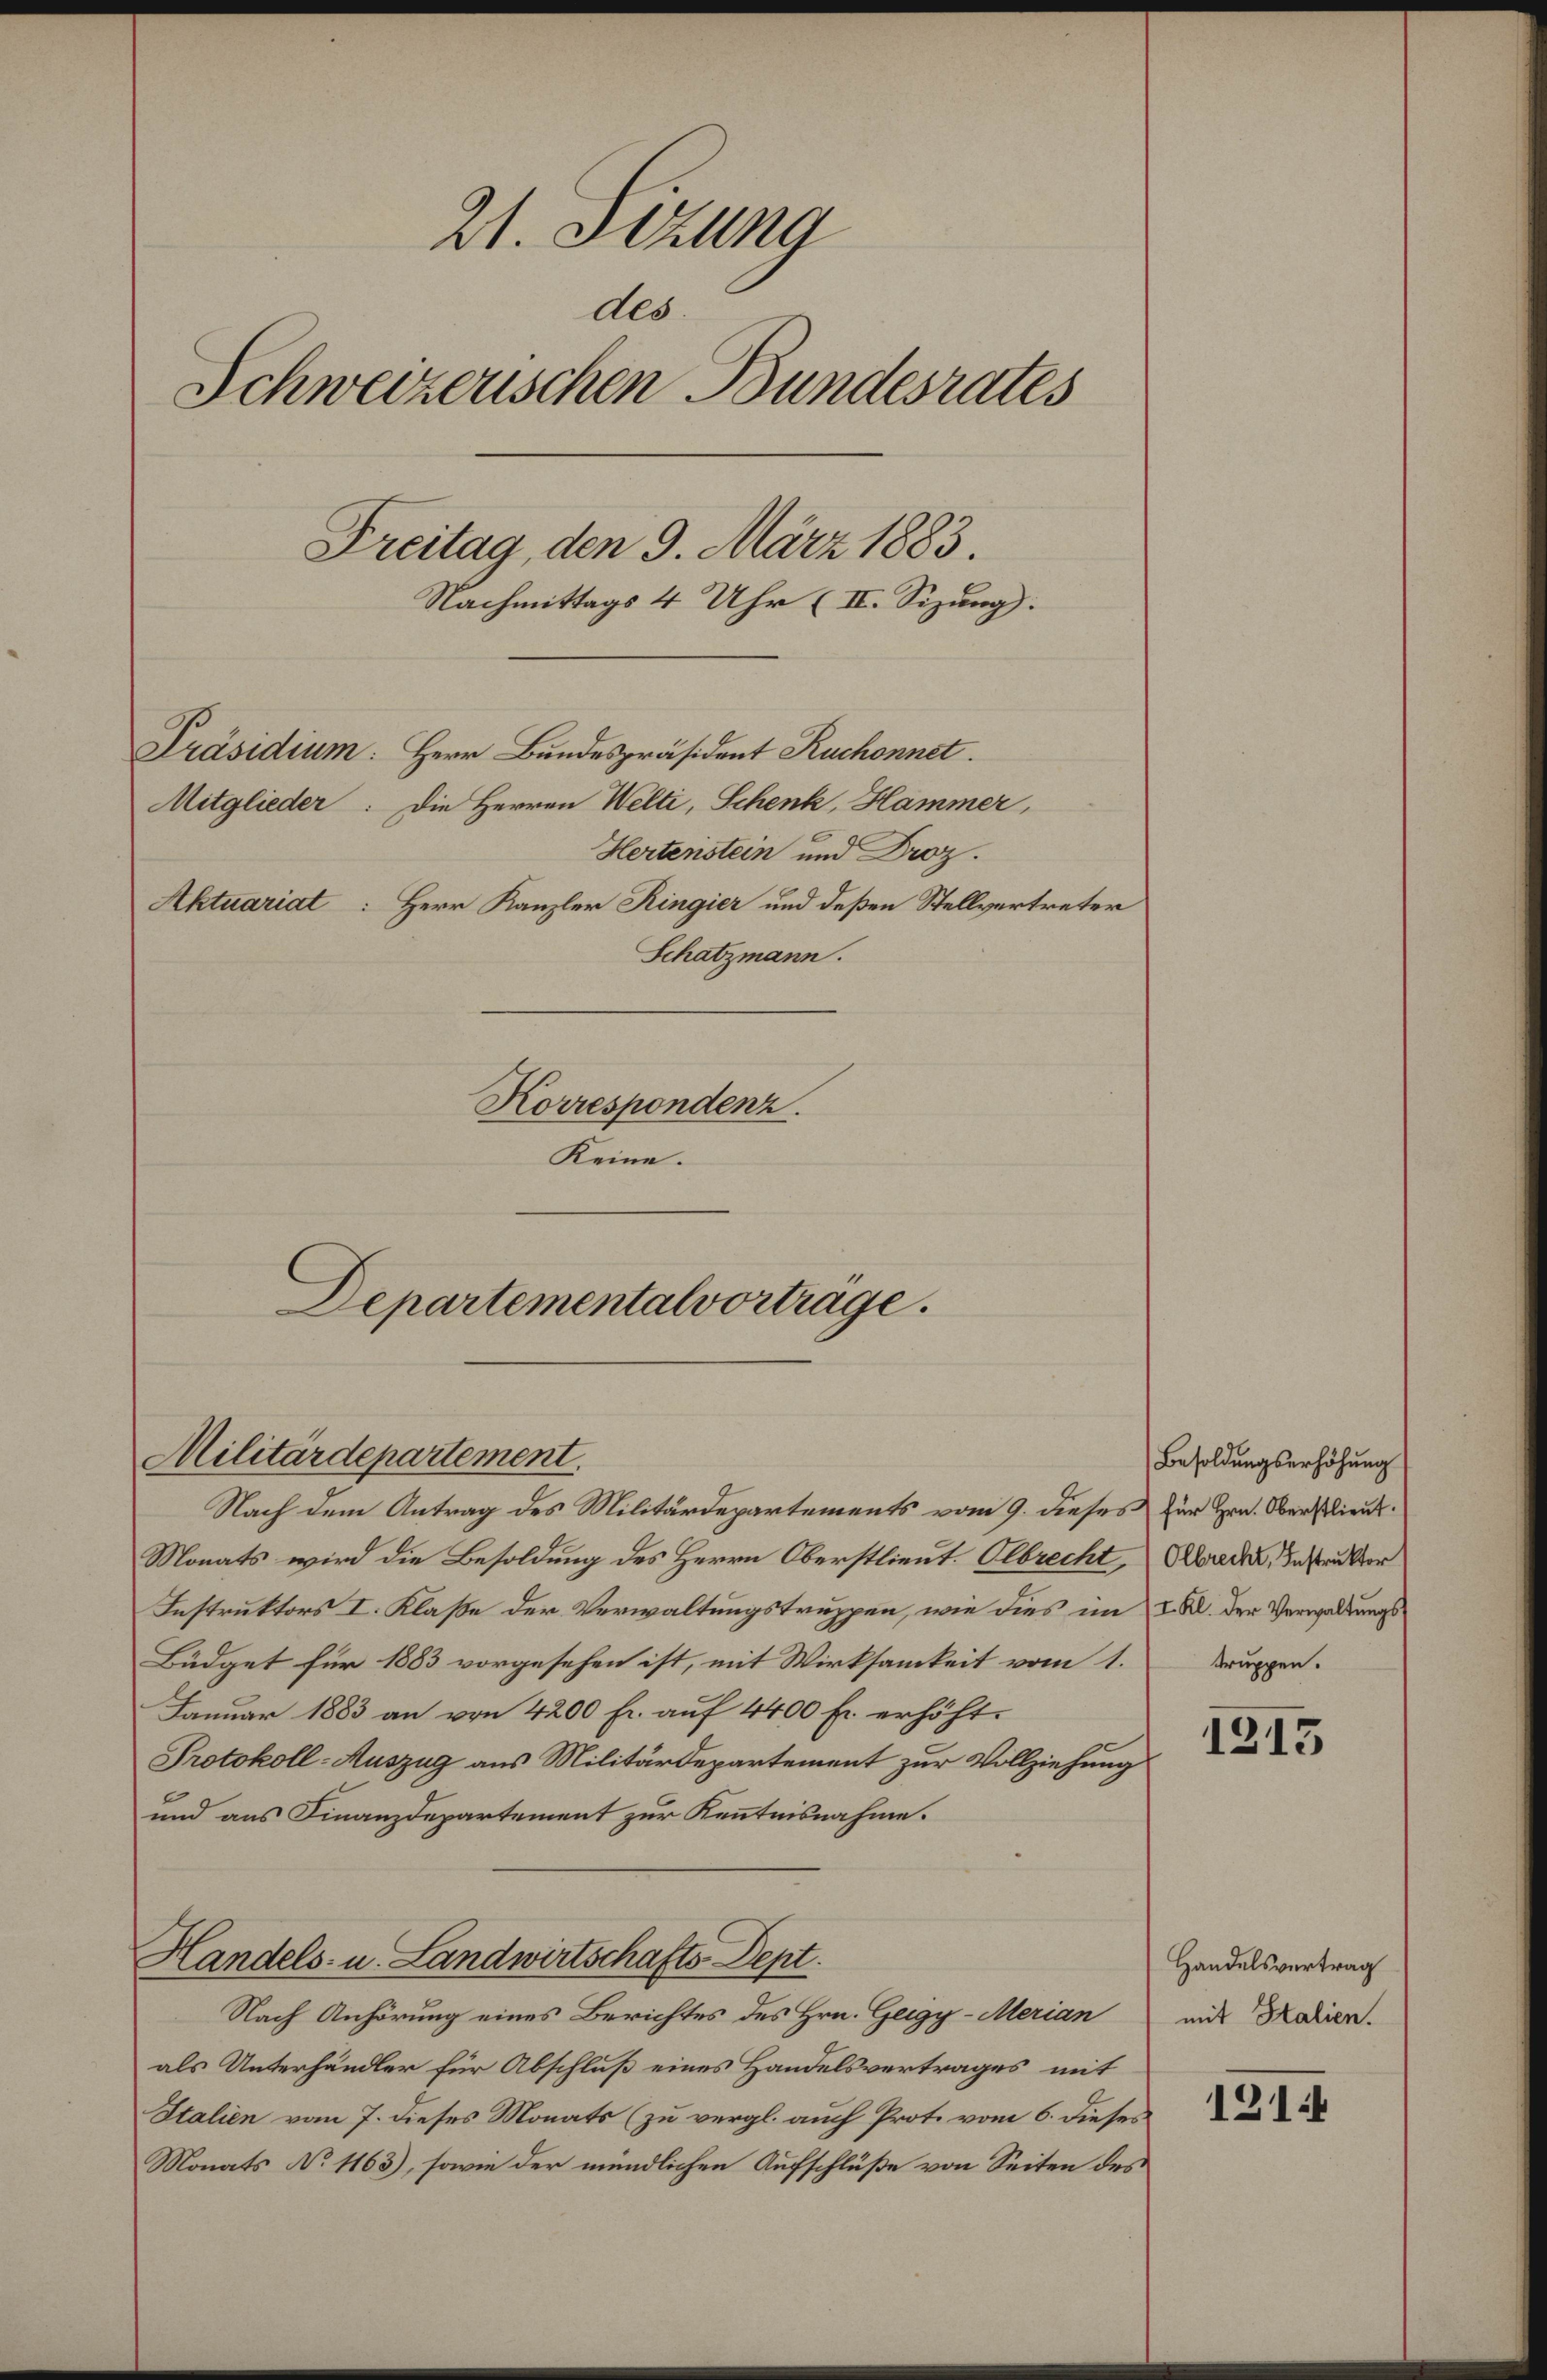
21. Sizung
ddo.
Schweizerischen Bundesrates
Freitag, den 9. März 1883.
Nachmittags 4 Uhr (II. Sizung).
Präsidium: Herr Bundespräsident Ruchonnet.
Mitglieder: Die Herren Welti, Schenk, Hammer,
Hertenstein und Droz.
Aktuariat Herr Kanzler Ringier und deßen Stellvertreter
Schatzmann.
Korrespondenz.
Keine.

Departementalvortrage.
Militärdepartement.

Nach dem Antrag des Militärdepartements vom 9. dieses für Hrn. Oberstlieut.
Monats wird die Besoldung des Herrn Oberstlieut. Albrecht Abrede, Instruktor
Instruktors I. Klaße der Verwaltungstruppen, wie dies im I. M. der Verwaltungs
Büdget für 1883 vorgesehen ist, mit Wirksamkeit vom 1. Bruppen.
Januar 1883 an von 4200 Fr. auf 4400 fr. erhöht.
Protokoll-Auszug aus Militärdepartement zur Vollziehung
und aus Finanzdepartement zur Kenntnisnahme.
Handels- u. Landwirtschafts Dept.
Nach Anhörung eines Berichtes des Hrn. Geigy-Merian
als Unterhändler für Abschluß eines Handelsvertrages mit
Italien vom 7. dieses Monats (zu vergl. auch Prot. vom 6. dieses.
Monats No 1163), sowie der mündlichen Aufschlüße von Seiten des

Besoldungserhöhung

1315

Handelsvertrag
mit Italien.

121.